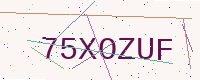
Text: 75XOZUF